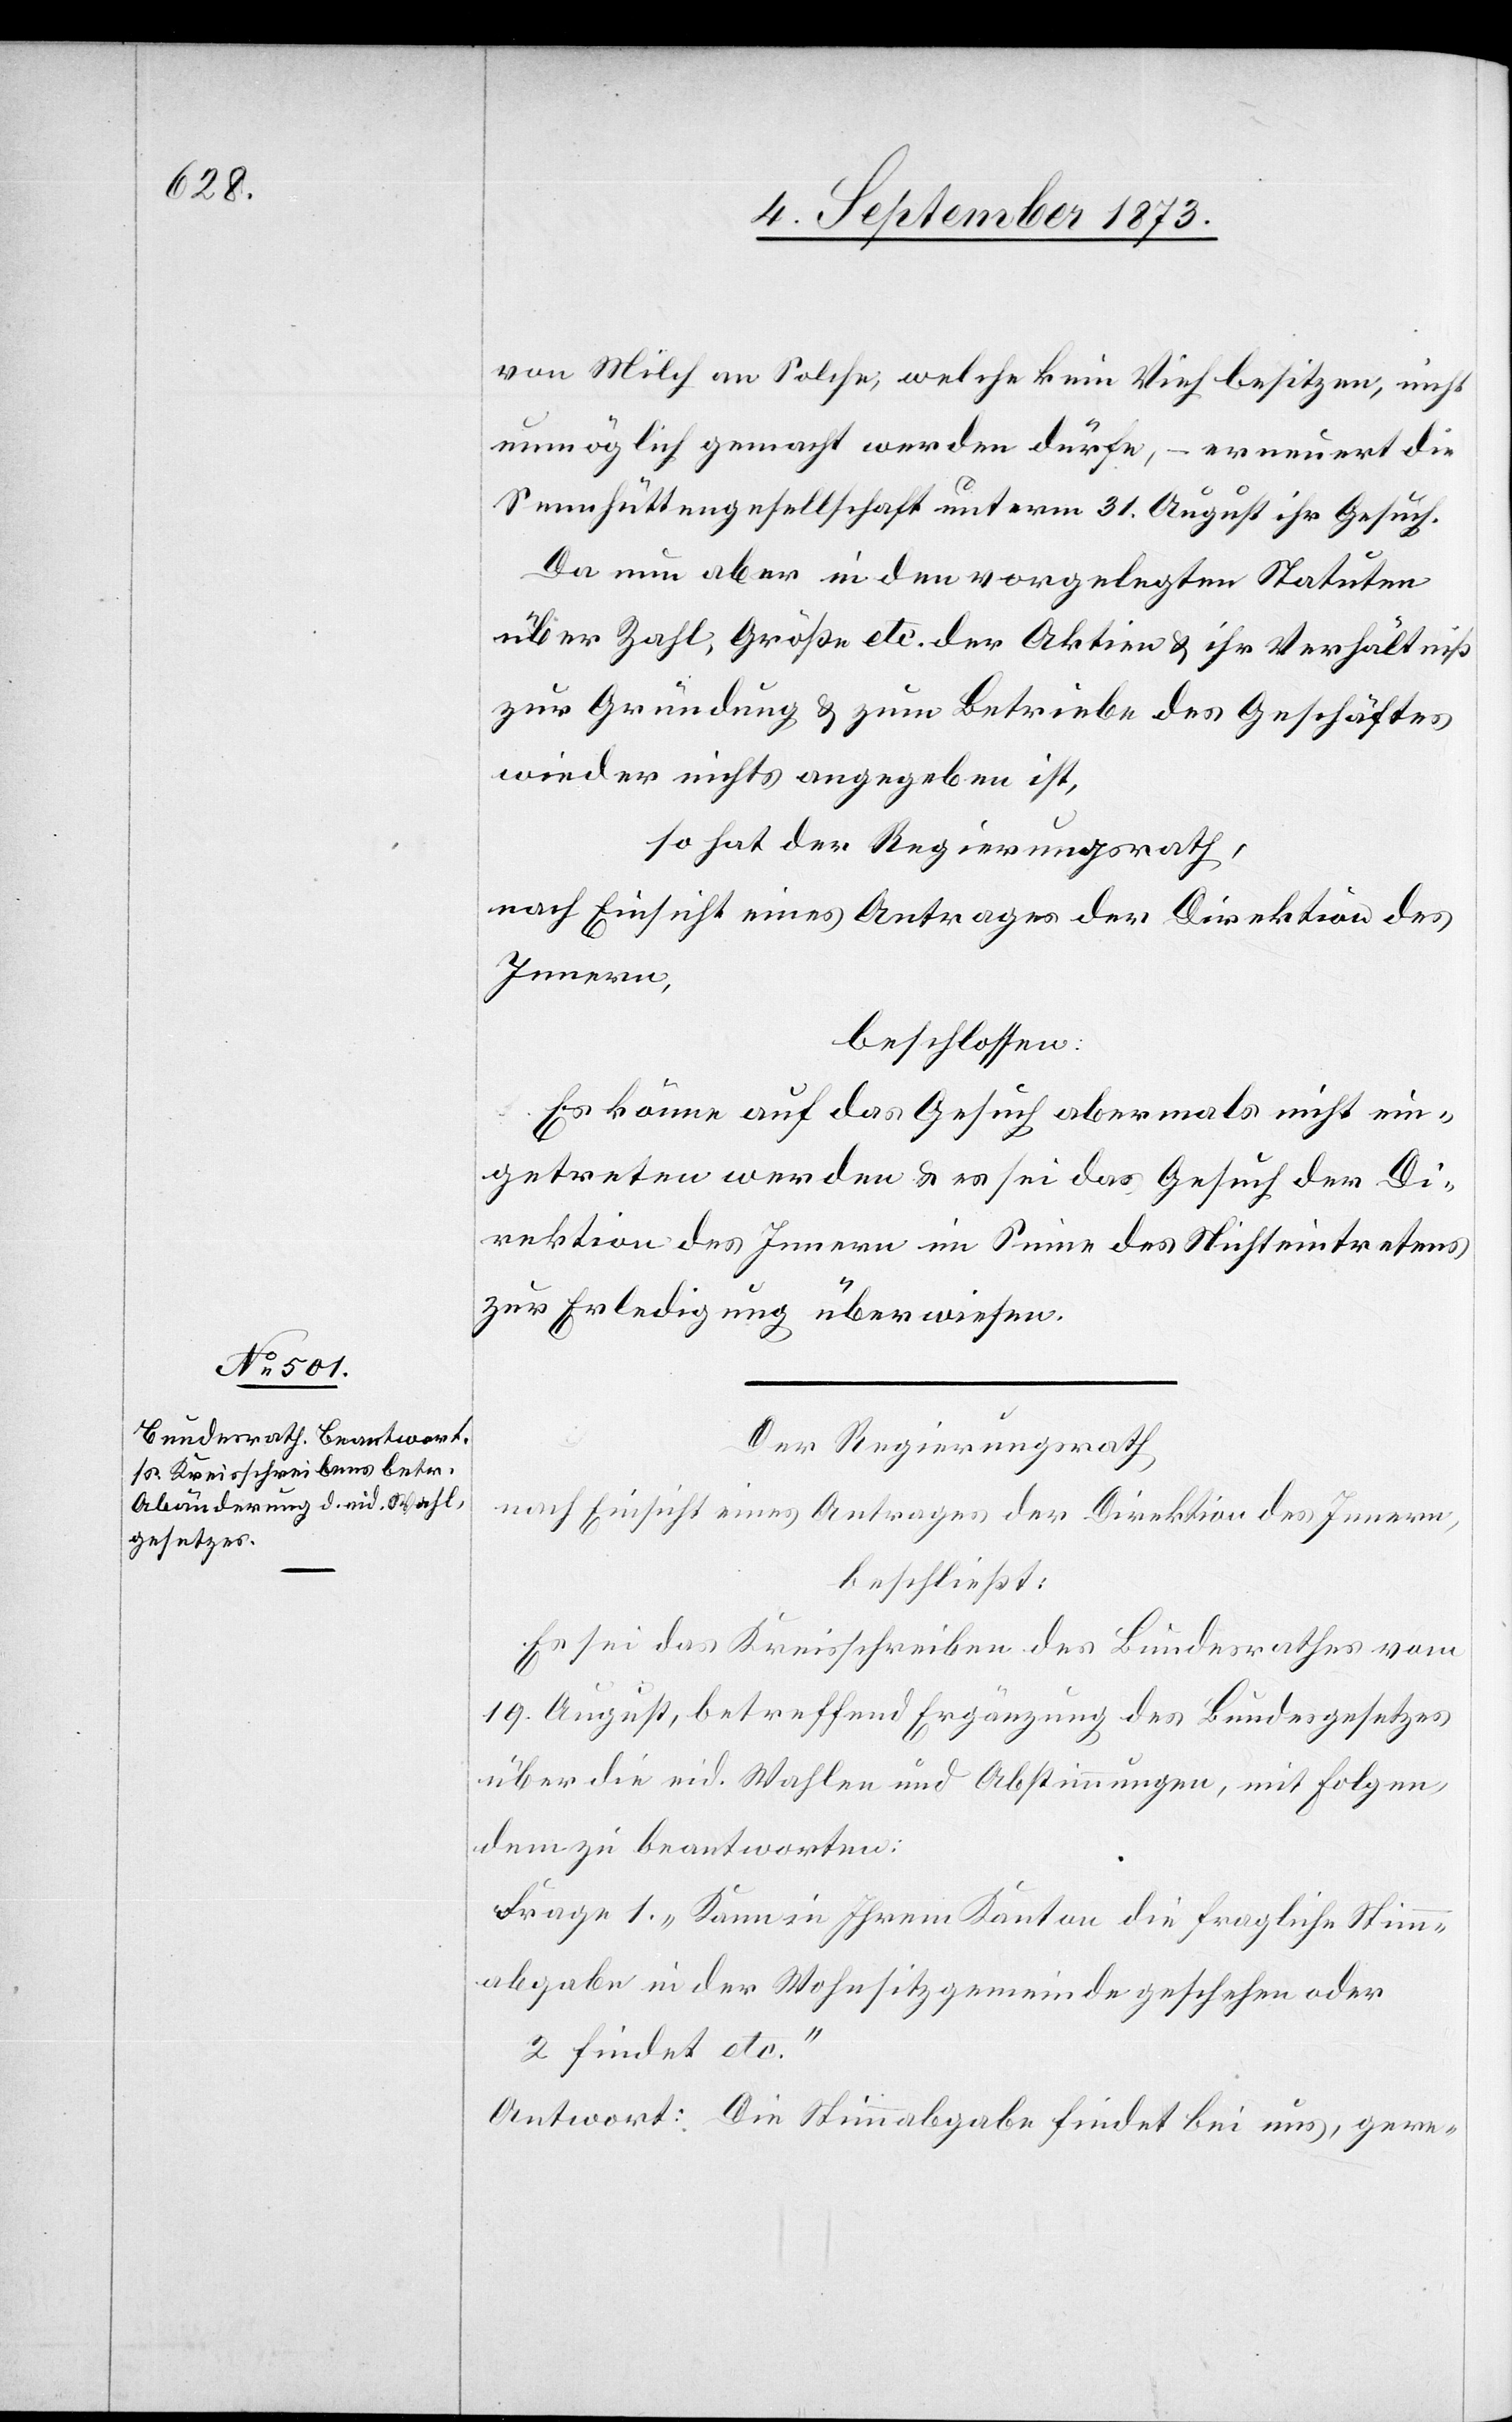
von Milch an Solche, welche kein Vieh besitzen, nicht
unmöglich gemacht werden dürfe, – erneuert die
Sennhüttengesellschaft unterm 31. August ihr Gesuch.
Da nun aber in den vorgelegten Statuten
über Zahl, Größe etc. der Aktien & ihr Verhältniß
zur Gründung & zum Betriebe des Geschäftes
wieder nichts angegeben ist,
so hat der Regierungsrath,
nach Einsicht eines Antrages der Direktion des
Innern
beschlossen:
Es könne auf das Gesuch abermals nicht ein¬
getreten werden & es sei das Gesuch der Di¬
rektion des Innern im Sinne des Nichteintretens
zur Erledigung überwiesen.
Der Regierungsrath
nach Einsicht eines Antrages der Direktion des Innern,
beschließt:
Es sei das Kreisschreiben des Bundesrathes vom
19. August betreffend Ergänzung des Bundesgesetzes
über die eid. Wahlen und Abstimmungen, mit Folgen¬
dem zu beantworten:
Frage 1. „Kann in Ihrem Kanton die fragliche Stimm¬
abgabe in der Wohnsitzgemeinde geschehen oder
2 findet etc.“
Antwort: Die Stimmabgabe findet bei uns, gere-